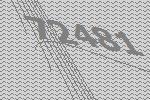
72481